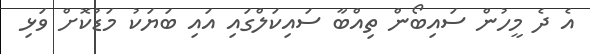
އެ ދެ މީހުން ސައިބޯން ތިއްބާ ސައިކަލްގައި އައި ބަޔަކު މަޑުކޮށް ވަޅި